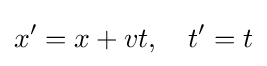
x^{\prime }=x+vt,\quad t^{\prime }=t